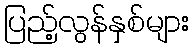
ပြည့်လွန်နှစ်များ